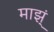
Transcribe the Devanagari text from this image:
माझ्ं